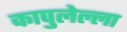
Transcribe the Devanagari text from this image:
कापुलेल्ला